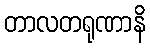
တာလတရုဏာနိ